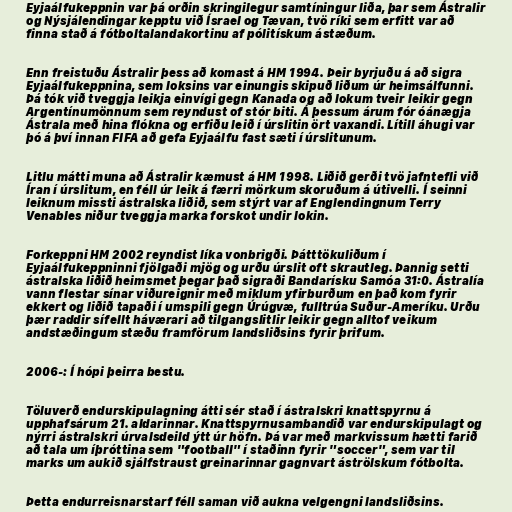
Eyjaálfukeppnin var þá orðin skringilegur samtíningur liða, þar sem Ástralir
og Nýsjálendingar kepptu við Ísrael og Tævan, tvö ríki sem erfitt var að
finna stað á fótboltalandakortinu af pólitískum ástæðum.

Enn freistuðu Ástralir þess að komast á HM 1994. Þeir byrjuðu á að sigra
Eyjaálfukeppnina, sem loksins var einungis skipuð liðum úr heimsálfunni.
Þá tók við tveggja leikja einvígi gegn Kanada og að lokum tveir leikir gegn
Argentínumönnum sem reyndust of stór biti. Á þessum árum fór óánægja
Ástrala með hina flókna og erfiðu leið í úrslitin ört vaxandi. Lítill áhugi var
þó á því innan FIFA að gefa Eyjaálfu fast sæti í úrslitunum.

Litlu mátti muna að Ástralir kæmust á HM 1998. Liðið gerði tvö jafntefli við
Íran í úrslitum, en féll úr leik á færri mörkum skoruðum á útivelli. Í seinni
leiknum missti ástralska liðið, sem stýrt var af Englendingnum Terry
Venables niður tveggja marka forskot undir lokin.

Forkeppni HM 2002 reyndist líka vonbrigði. Þátttökuliðum í
Eyjaálfukeppninni fjölgaði mjög og urðu úrslit oft skrautleg. Þannig setti
ástralska liðið heimsmet þegar það sigraði Bandarísku Samóa 31:0. Ástralía
vann flestar sínar viðureignir með miklum yfirburðum en það kom fyrir
ekkert og liðið tapaði í umspili gegn Úrúgvæ, fulltrúa Suður-Ameríku. Urðu
þær raddir sífellt háværari að tilgangslitlir leikir gegn alltof veikum
andstæðingum stæðu framförum landsliðsins fyrir þrifum.

2006-: Í hópi þeirra bestu.

Töluverð endurskipulagning átti sér stað í ástralskri knattspyrnu á
upphafsárum 21. aldarinnar. Knattspyrnusambandið var endurskipulagt og
nýrri ástralskri úrvalsdeild ýtt úr höfn. Þá var með markvissum hætti farið
að tala um íþróttina sem "football" í staðinn fyrir "soccer", sem var til
marks um aukið sjálfstraust greinarinnar gagnvart áströlskum fótbolta.

Þetta endurreisnarstarf féll saman við aukna velgengni landsliðsins.